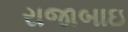
રાજાબાઇ